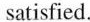
satisfied.